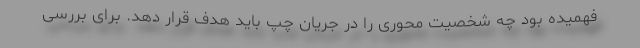
فهمیده بود چه شخصیت محوری را در جریان چپ باید هدف قرار دهد. برای بررسی